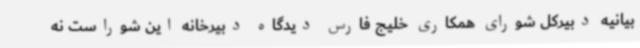
بیانیه دبیرکل شورای همکاری خلیج فارس دیدگاه دبیرخانه این شوراست نه